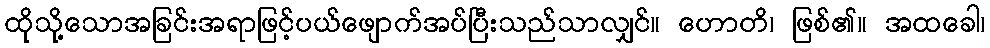
ထိုသို့သောအခြင်းအရာဖြင့်ပယ်ဖျောက်အပ်ပြီးသည်သာလျှင်။ ဟောတိ၊ ဖြစ်၏။ အထခေါ၊